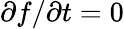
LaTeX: \partial f/\partial t=0